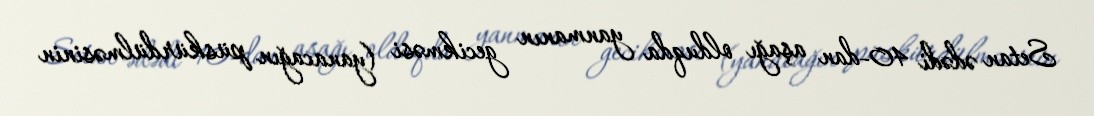
Setan ədədi 40-dan aşağı olduqda yanmanın gecikməsi (yanacağın püskürdülməsinin